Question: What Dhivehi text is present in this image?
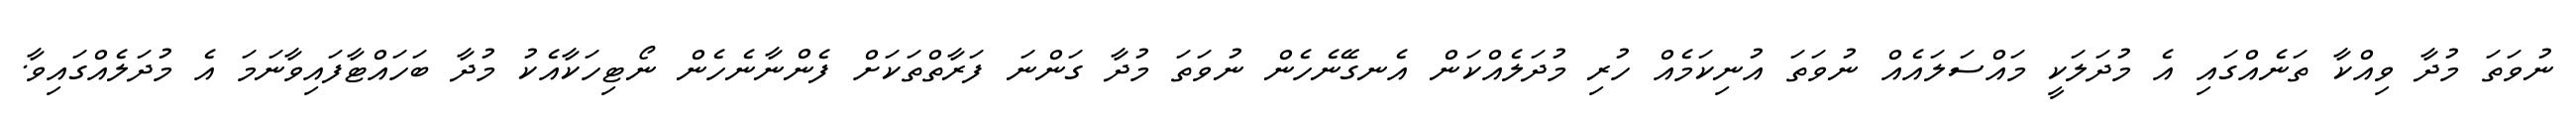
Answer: ނުވަތަ މުދާ ވިއްކާ ތަނެއްގައި އެ މުދަލަކީ މައްސަލައެއް ނުވަތަ އުނިކަމެއް ހުރި މުދަލެއްކަން އެނގޭނެހެން ނުވަތަ މުދާ ގަންނަ ފަރާތްތަކަށް ފެންނާނެހެން ނޯޓިހަކާއެކު މުދާ ބަހައްޓާފައިވާނަމަ އެ މުދަލެއްގައިވާ.